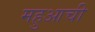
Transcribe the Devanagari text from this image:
महुआची